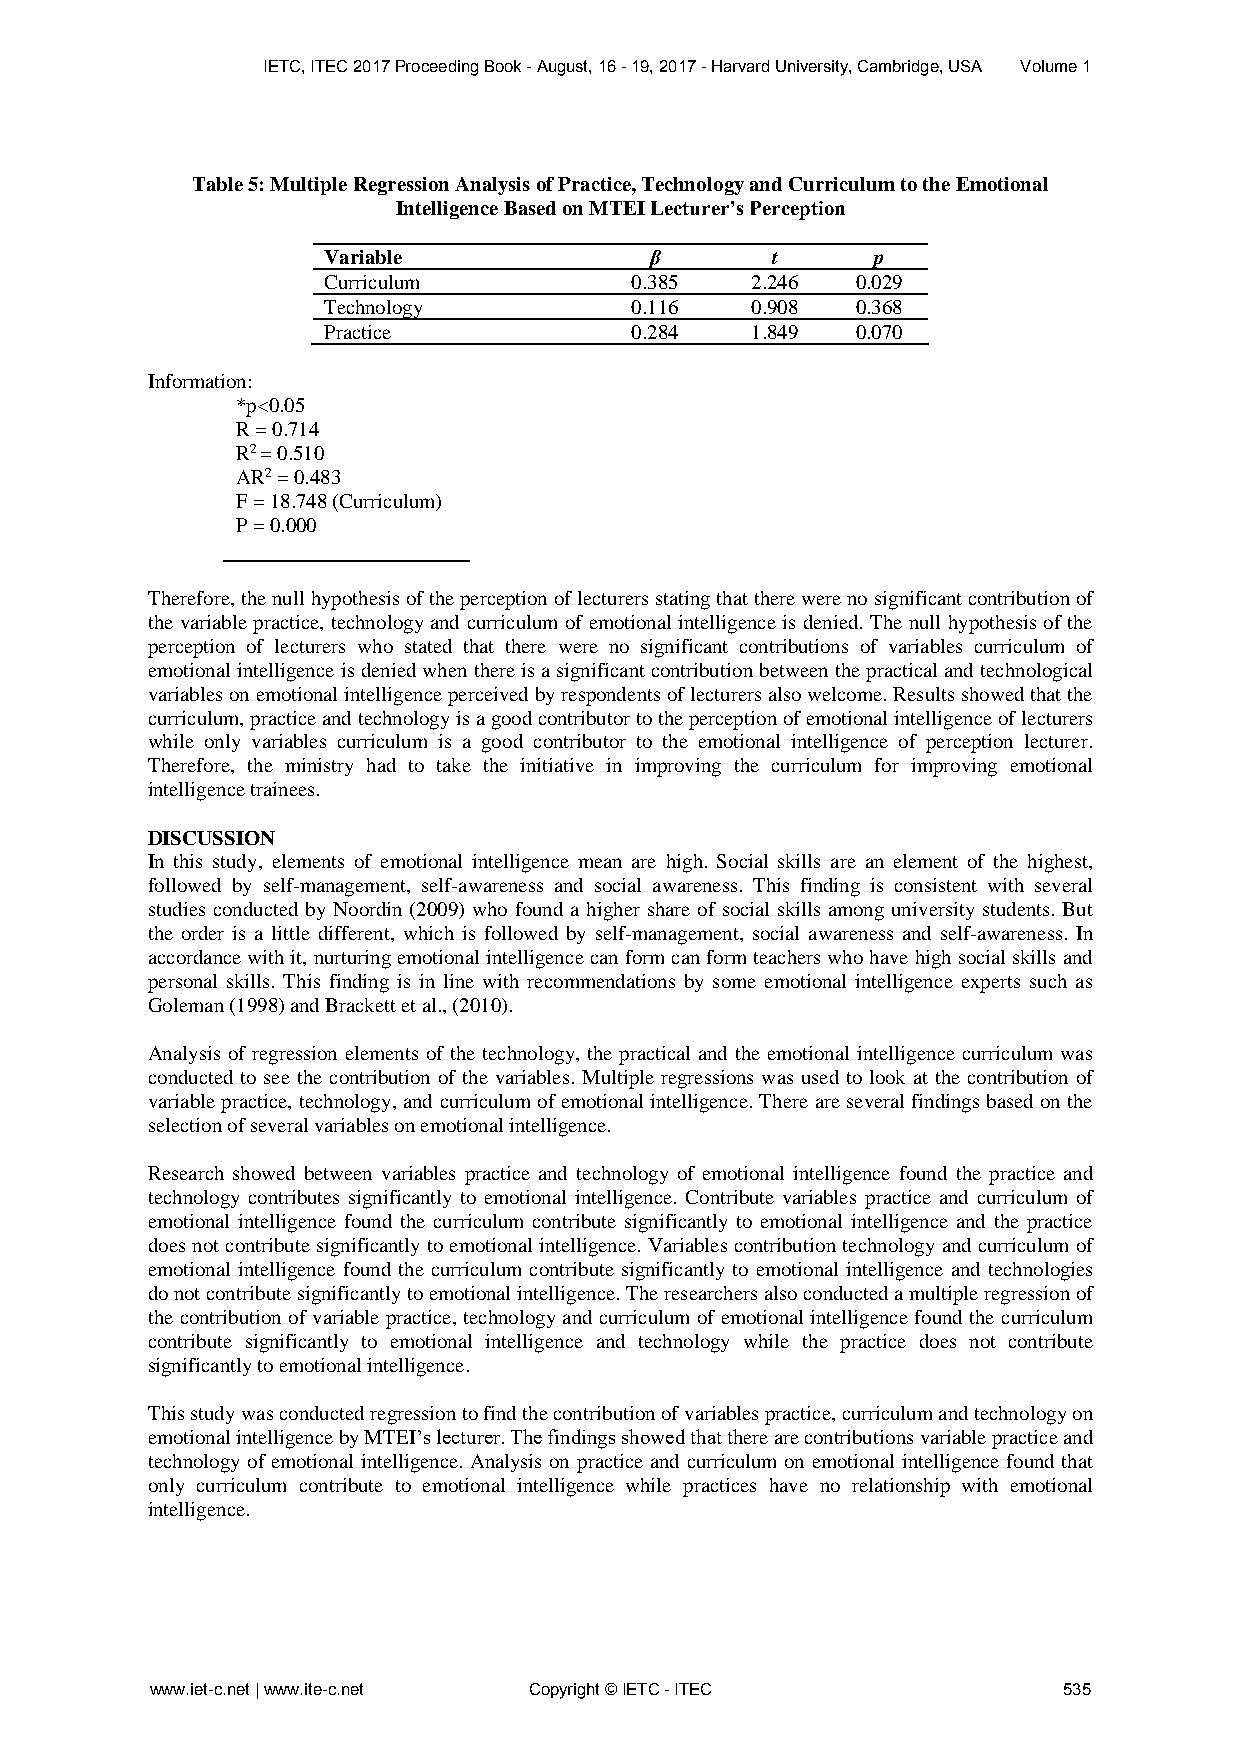
IETC, ITEC 2017 Proceeding Book - August, 16 - 19, 2017 - Harvard University, Cambridge, USA Volume 1
 Table 5: Multiple Regression Analysis of Practice, Technology and Curriculum to the Emotional
 Intelligence Based on MTEI Lecturer’s Perception
 Variable              β       t      p
 Curriculum           0.385   2.246  0.029
 Technology           0.116   0.908  0.368
 Practice             0.284   1.849  0.070
 Information:
 *p<0.05
 R = 0.714
 R2 = 0.510
 AR2 = 0.483
 F = 18.748 (Curriculum)
 P = 0.000
 Therefore, the null hypothesis of the perception of lecturers stating that there were no significant contribution of
 the variable practice, technology and curriculum of emotional intelligence is denied. The null hypothesis of the
 perception of lecturers who stated that there were no significant contributions of variables curriculum of
 emotional intelligence is denied when there is a significant contribution between the practical and technological
 variables on emotional intelligence perceived by respondents of lecturers also welcome. Results showed that the
 curriculum, practice and technology is a good contributor to the perception of emotional intelligence of lecturers
 while only variables curriculum is a good contributor to the emotional intelligence of perception lecturer.
 Therefore, the ministry had to take the initiative in improving the curriculum for improving emotional
 intelligence trainees.
 DISCUSSION
 In this study, elements of emotional intelligence mean are high. Social skills are an element of the highest,
 followed by self-management, self-awareness and social awareness. This finding is consistent with several
 studies conducted by Noordin (2009) who found a higher share of social skills among university students. But
 the order is a little different, which is followed by self-management, social awareness and self-awareness. In
 accordance with it, nurturing emotional intelligence can form can form teachers who have high social skills and
 personal skills. This finding is in line with recommendations by some emotional intelligence experts such as
 Goleman (1998) and Brackett et al., (2010).
 Analysis of regression elements of the technology, the practical and the emotional intelligence curriculum was
 conducted to see the contribution of the variables. Multiple regressions was used to look at the contribution of
 variable practice, technology, and curriculum of emotional intelligence. There are several findings based on the
 selection of several variables on emotional intelligence.
 Research showed between variables practice and technology of emotional intelligence found the practice and
 technology contributes significantly to emotional intelligence. Contribute variables practice and curriculum of
 emotional intelligence found the curriculum contribute significantly to emotional intelligence and the practice
 does not contribute significantly to emotional intelligence. Variables contribution technology and curriculum of
 emotional intelligence found the curriculum contribute significantly to emotional intelligence and technologies
 do not contribute significantly to emotional intelligence. The researchers also conducted a multiple regression of
 the contribution of variable practice, technology and curriculum of emotional intelligence found the curriculum
 contribute significantly to emotional intelligence and technology while the practice does not contribute
 significantly to emotional intelligence.
 This study was conducted regression to find the contribution of variables practice, curriculum and technology on
 emotional intelligence by MTEI’s lecturer. The findings showed that there are contributions variable practice and
 technology of emotional intelligence. Analysis on practice and curriculum on emotional intelligence found that
 only curriculum contribute to emotional intelligence while practices have no relationship with emotional
 intelligence.
 www.iet-c.net | www.ite-c.net Copyright © IETC - ITEC       535